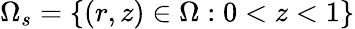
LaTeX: \Omega_{s}=\{ (r,z)\in\Omega:0<z<1\}